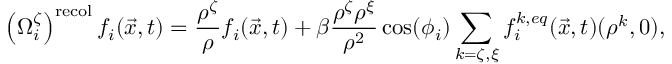
\left( \Omega _ { i } ^ { \zeta } \right) ^ { \mathrm { r e c o l } } f _ { i } ( \vec { x } , t ) = \frac { \rho ^ { \zeta } } { \rho } f _ { i } ( \vec { x } , t ) + \beta \frac { \rho ^ { \zeta } \rho ^ { \xi } } { \rho ^ { 2 } } \cos ( \phi _ { i } ) \sum _ { k = \zeta , \xi } f _ { i } ^ { k , e q } ( \vec { x } , t ) ( \rho ^ { k } , 0 ) ,